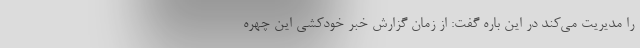
را مدیریت می‌کند در این باره گفت: از زمان گزارش خبر خودکشی این چهره